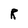
Character: R